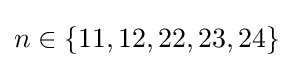
n\in \{11,12,22,23,24\}